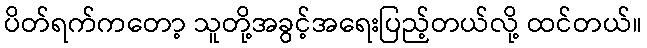
ပိတ်ရက်ကတော့ သူတို့အခွင့်အရေးပြည့်တယ်လို့ ထင်တယ်။